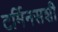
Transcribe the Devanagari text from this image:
टर्मिनसशी